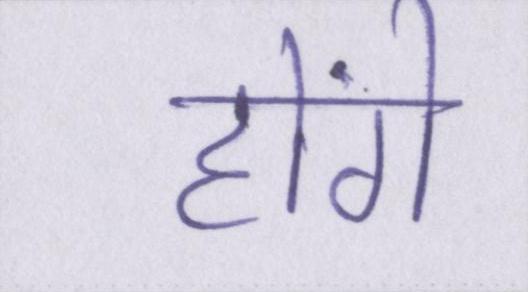
होंगे